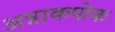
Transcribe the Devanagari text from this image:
अन्नाकपोक